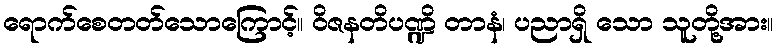
ရောက်စေတတ်သောကြောင့်။ ဝိဇနတိပဏ္ဍိ တာနံ၊ ပညာရှိ သော သူတို့အား။